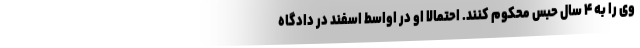
وی را به ۴ سال حبس محکوم کنند. احتمالا او در اواسط اسفند در دادگاه